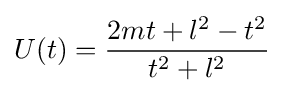
U(t)={\frac {2mt+l^{2}-t^{2}}{t^{2}+l^{2}}}